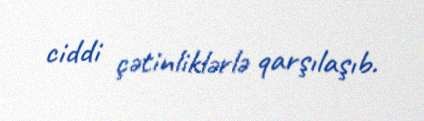
ciddi çətinliklərlə qarşılaşıb.